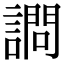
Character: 𫍋